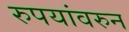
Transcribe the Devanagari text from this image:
रुपयांवरुन